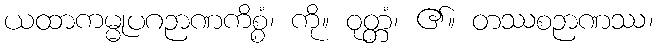
ယထာကမ္မုပဂဉာဏကိစ္စံ၊ ကို။ ဝုတ္တံ၊ ၏။ တဿစဉာဏဿ၊